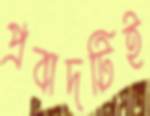
প্রবাদটিই